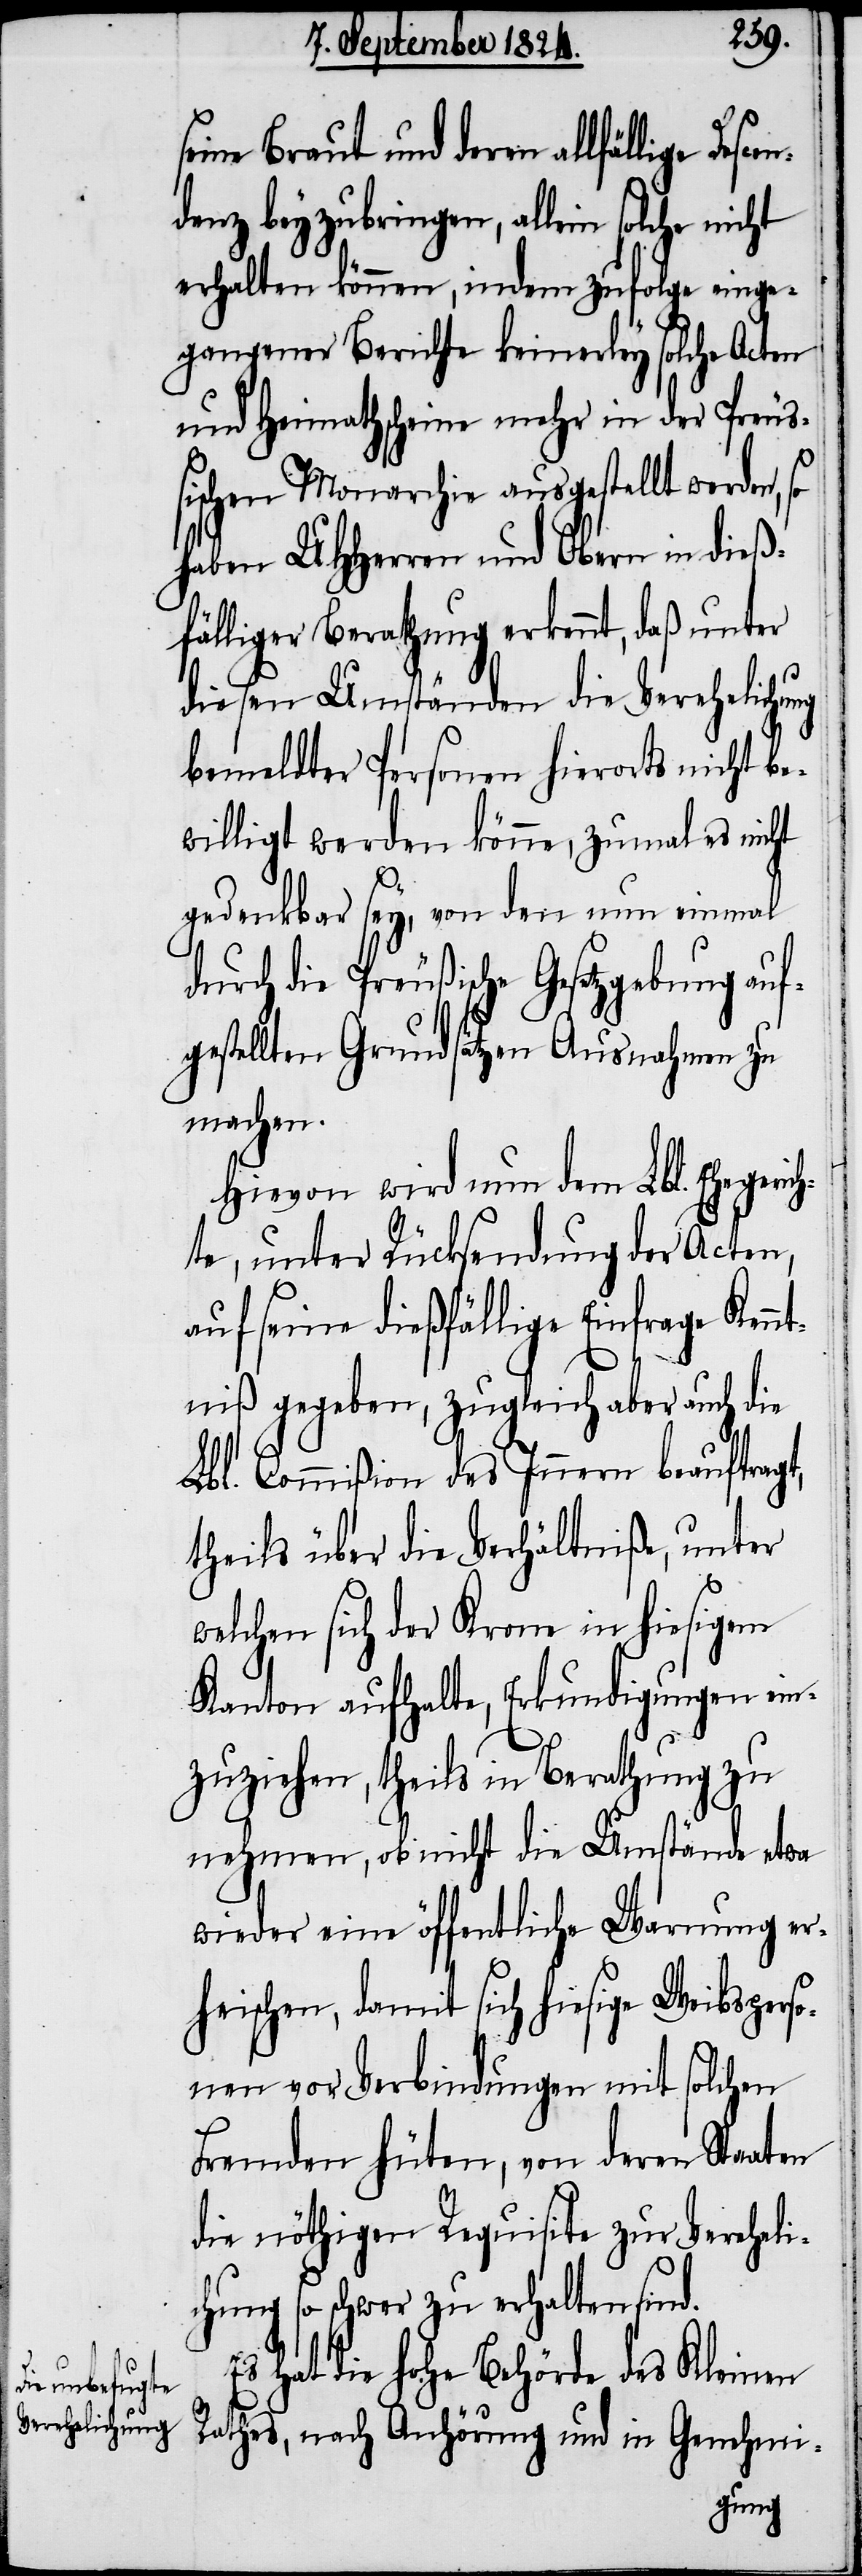
d.
seine Braut und deren allfällige Des¬
denz beyzubringen, allein solche
erhalten können, indem zufolge einge¬
gangener Berichte keinerley solche Acten
und Heimathscheine mehr in der Preuß¬
ischen Monarchie ausgestellt werden,
haben UHHerren und Obern in dieß¬
fälliger Berathung erkennt, daß unter
diesen Umständen die Verehelichung
bemeldter Personen hierorts nicht be¬
willigt werden könne, zumal es nicht
gedenkbar sey, von den nun einmal
durch die Preußische Gesetzgebung auf¬
gestellten Grundsätzen Ausnahmen zu
machen.
Hievon wird nun dem Lbl. Ehegerich¬
te, unter Rücksendung der Acten,
auf seine dießfällige Einfrage Kenn¬
tniß gegeben, zugleich aber auch die
Lbl. Commißion des Innern beauftragt,
theils über die Verhältniße, unter
welchen sich der Krone in hiesigem
Kanton aufhalte, Erkundigungen ein¬
zuziehen, theils in Berathung zu
nehmen, ob nicht die Umstände etwas
wieder eine öffentliche Warnung er¬
heischen, damit sich hiesige Weibsperso¬
nen vor Verbindungen mit solchen
Fremden hüten, von deren Staaten
die nöthigen Requisite zur Verehelic¬
so schwer zu erhalten sin¬
Es hat die hohe Behörde des Kleinen
Rathes, nach Anhörung und in Genehmi-
hung